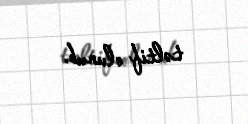
təltif olunub.